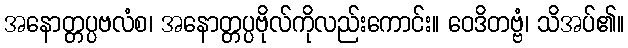
အနောတ္တပ္ပဗလံစ၊ အနောတ္တပ္ပဗိုလ်ကိုလည်းကောင်း။ ဝေဒိတဗ္ဗံ၊ သိအပ်၏။